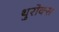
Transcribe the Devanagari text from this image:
थुरोक्स